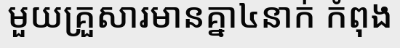
មួយគ្រួសារមានគ្នា៤នាក់ កំពុង